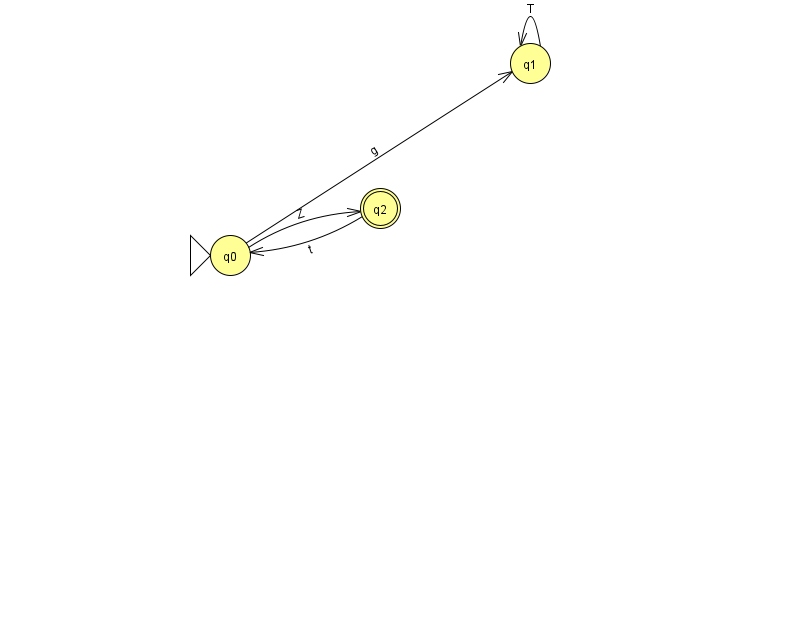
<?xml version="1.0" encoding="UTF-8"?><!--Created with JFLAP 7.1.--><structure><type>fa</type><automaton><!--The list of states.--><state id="0" name="q0"><x>230.0</x><y>242.0</y><initial/></state><state id="1" name="q1"><x>530.0</x><y>50.0</y></state><state id="2" name="q2"><x>380.0</x><y>195.0</y><final/></state><!--The list of transitions.--><transition><from>2</from><to>0</to><read>t</read></transition><transition><from>0</from><to>1</to><read>g</read></transition><transition><from>1</from><to>1</to><read>T</read></transition><transition><from>0</from><to>2</to><read>Z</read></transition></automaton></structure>